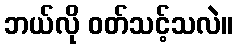
ဘယ်လို ဝတ်သင့်သလဲ။